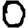
Digit: 0